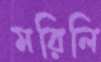
মরিলি